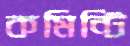
কমিন্টি